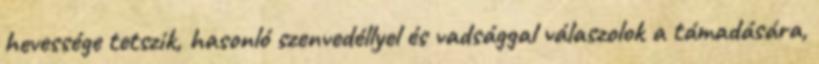
hevessége tetszik, hasonló szenvedéllyel és vadsággal válaszolok a támadására,